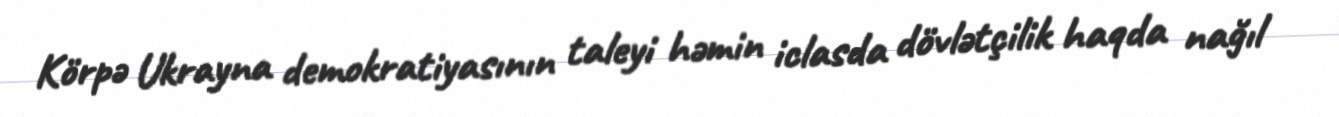
Körpə Ukrayna demokratiyasının taleyi həmin iclasda dövlətçilik haqda nağıl